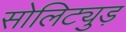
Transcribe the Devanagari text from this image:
सोलिट्युड़